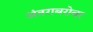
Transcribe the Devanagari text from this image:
अंतराबरोबर